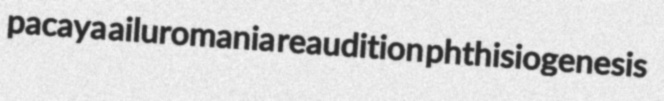
pacaya ailuromania reaudition phthisiogenesis